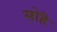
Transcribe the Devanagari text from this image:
सोहै